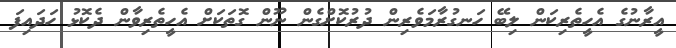
އީރާނުގެ އެހީތެރިކަން ލިބޭ ހަނގުރާމަވެރިން ދުރުކޮށްގެން ނޫން ގޮތަކަށް އެހީތެރިވާން ދެކޮޅު ހަދައިފަ